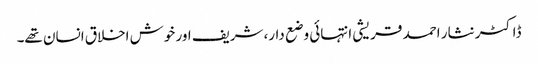
ڈاکٹر نثار احمد قریشی انتہائی وضع دار،شریف اور خوش اخلاق انسان تھے۔